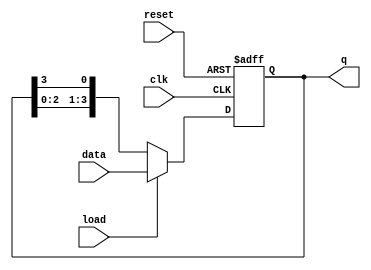
module loadable_ring_counter (
    input wire clk,           // Clock signal
    input wire reset,         // Reset signal
    input wire load,          // Load signal
    input wire [N-1:0] data,  // Data input for loading
    output reg [N-1:0] q      // Counter output
);
    parameter N = 4; // Number of flip-flops in the ring counter

    always @(posedge clk or posedge reset) begin
        if (reset) begin
            // Reset all flip-flops to 0
            q <= {N{1'b0}};
        end else if (load) begin
            // Load the specified value into the counter
            q <= data;
        end else begin
            // Ring counting operation
            // Shift the '1' around the ring
            q <= {q[N-2:0], q[N-1]};
        end
    end
endmodule